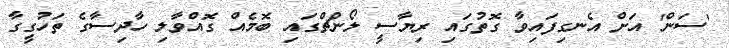
'ސަން' އަށް އެނގިފައިވާ ގޮތުގައި ރިޔާސީ ލޯންޗްގައި ބޮމެއް ގޮއްވާލި ހާދިސާގެ ތަހުގީގާ